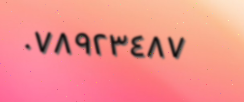
٠٧٨٩٢٣٤٨٧